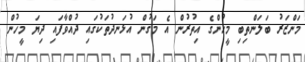
މަންޒަރު ބަލަންތިބި މީހުންގެ އިތުރުން އެ މަގުން އުޅަނދުތަކުގައި ދުއްވާފައި ދިޔަ މީހުން